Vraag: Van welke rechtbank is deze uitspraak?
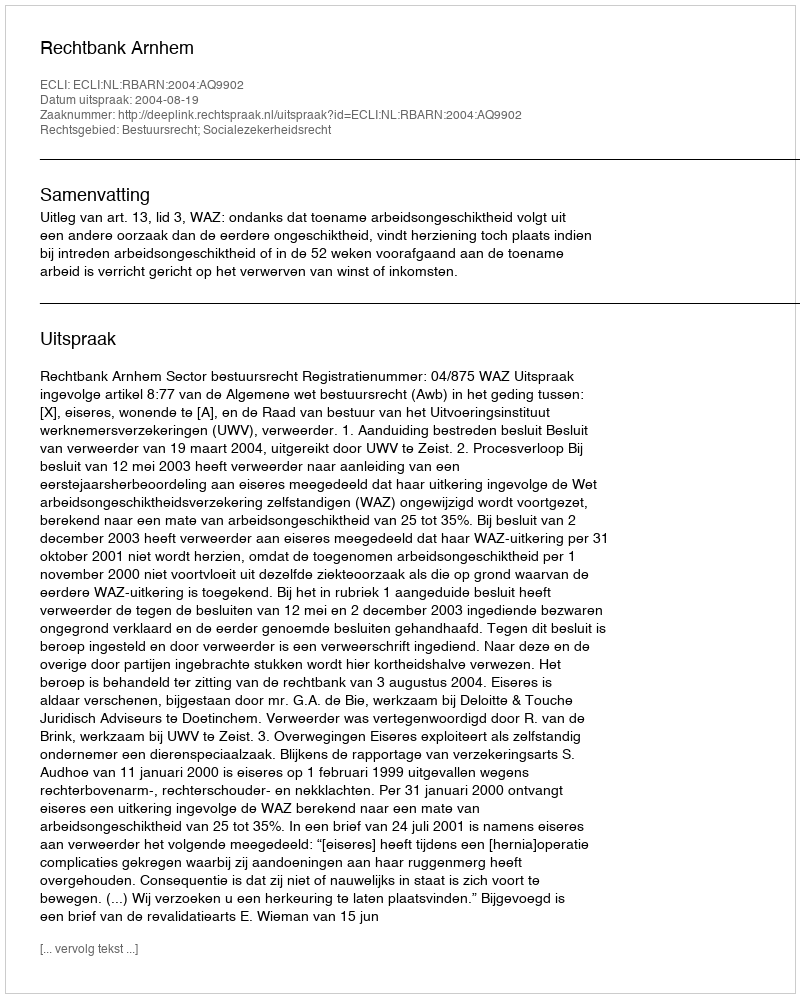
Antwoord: Rechtbank Arnhem